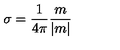
\sigma = \frac 1 { 4 \pi } \frac m { | m | }